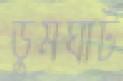
ডুমঘাট